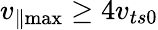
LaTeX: v_{\parallel\operatorname*{max}}\geq 4v_{ts0}